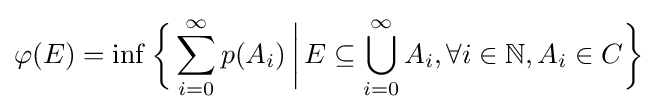
\varphi (E)=\inf {\biggl \{}\sum _{i=0}^{\infty }p(A_{i})\,{\bigg |}\,E\subseteq \bigcup _{i=0}^{\infty }A_{i},\forall i\in \mathbb {N} ,A_{i}\in C{\biggr \}}